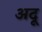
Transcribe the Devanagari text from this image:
अदू